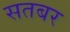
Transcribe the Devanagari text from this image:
सतबर